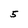
Character: 5